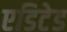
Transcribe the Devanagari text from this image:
एडिटेड